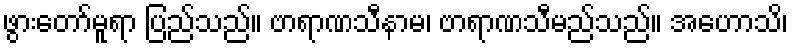
ဖွားတော်မူရာ ပြည်သည်။ ဗာရာဏသီနာမ၊ ဗာရာဏသီမည်သည်။ အဟောသိ၊